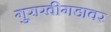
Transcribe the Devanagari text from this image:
गुराखीगडावर